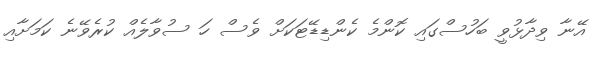
އޭނާ ވިދާޅުވީ ބަހުސްގައި ކޮންމެ ކެންޑިޑޭޓަކަށް ވެސް ހަ ސުވާލެއް ކުރެވޭނެ ކަމަށާއި